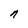
Character: n